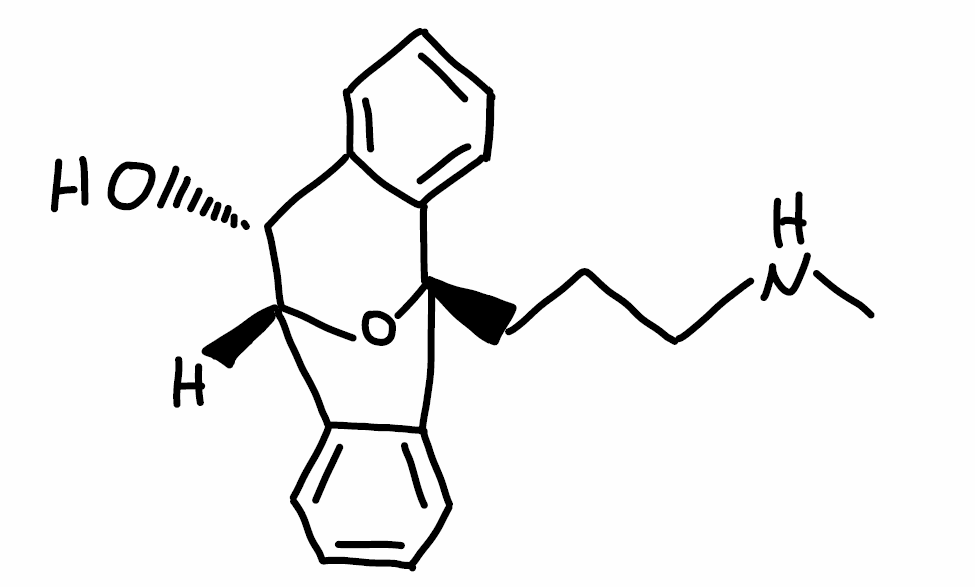
Simplified molecular-input line-entry system (SMILES) notation of the given molecule:
CNCCC[C@]12C3=CC=CC=C3[C@H]([C@H](O1)C4=CC=CC=C24)O